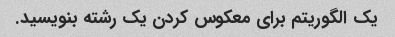
یک الگوریتم برای معکوس کردن یک رشته بنویسید.